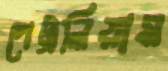
পেট্রলিয়াম